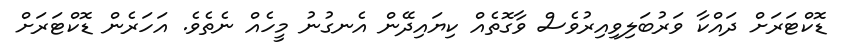
ޑޮކްޓަރަށް ދައްކާ ވަރުބަލިވިއިރުވެސް ވާގޮތެއް ކިޔައިދޭން އެނގުނު މީހެއް ނެތެވެ. އަަހަރެން ޑޮކްޓަރަށް